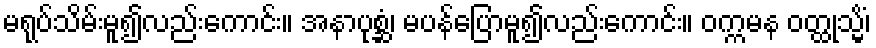
မရုပ်သိမ်းမူ၍လည်းကောင်း။ အနာပုစ္ဆံ၊ မပန်ပြောမူ၍လည်းကောင်း။ ဝက္ကမန ဝတ္ထုသ္မိံ၊